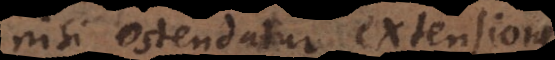
nisi ostendatur extension